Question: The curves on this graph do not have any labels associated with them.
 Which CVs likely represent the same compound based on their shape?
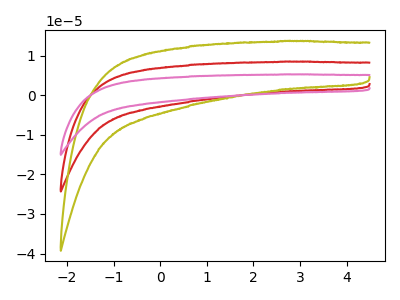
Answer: <think>The red curve "red" has no peaks. The olive curve "olive" has no peaks. The pink curve "pink" has no peaks.
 Neither "red" or "olive" have any peaks. Neither "red" or "pink" have any peaks. Neither "olive" or "pink" have any peaks.</think>
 <answer>"olive", "red" and "pink" have the same shape and are likely CV's of the same chemical.</answer>
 <eval>"olive" "red" "pink"</eval>